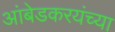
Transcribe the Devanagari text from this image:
आंबेडकरयंच्या